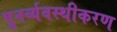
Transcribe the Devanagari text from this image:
पुनर्व्यवस्थीकरण